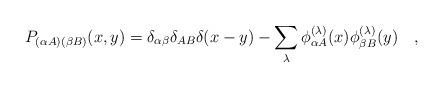
LaTeX: \begin{align*}P_{(\alpha A)(\beta B)}(x,y)=\delta_{\alpha\beta}\delta_{AB}\delta(x-y)- \sum_\lambda \phi^{(\lambda)}_{\alpha A}(x)\phi^{(\lambda)}_{\beta B}(y) \quad,\end{align*}